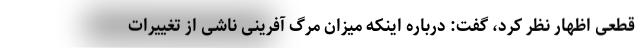
قطعی اظهار نظر کرد، گفت: درباره اینکه میزان مرگ آفرینی ناشی از تغییرات